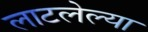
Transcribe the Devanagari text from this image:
लाटलेल्या